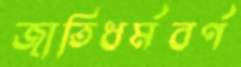
জাতিধর্মবর্ণ